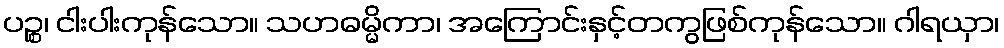
ပဉ္စ၊ ငါးပါးကုန်သော။ သဟဓမ္မိကာ၊ အကြောင်းနှင့်တကွဖြစ်ကုန်သော။ ဂါရယှာ၊